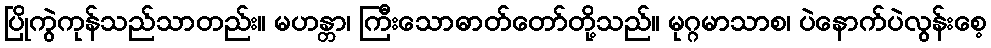
ပြိုကွဲကုန်သည်သာတည်း။ မဟန္တာ၊ ကြီးသောဓာတ်တော်တို့သည်။ မုဂ္ဂမာသာစ၊ ပဲနောက်ပဲလွန်းစေ့